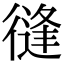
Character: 𢕝